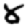
Digit: 8